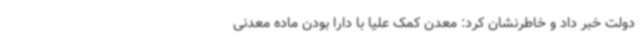
دولت خبر داد و خاطرنشان کرد: معدن کمک علیا با دارا بودن ماده معدنی